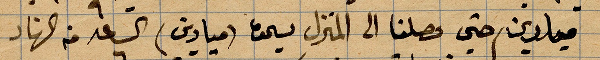
ميادين حتى وصلنا الى المنزل يسحق (ميادين) الساعة ٦ من النهار